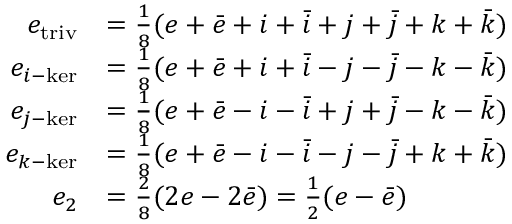
{ \begin{array} { r l } { e _ { \mathrm { t r i v } } } & { = { \frac { 1 } { 8 } } ( e + { \bar { e } } + i + { \bar { i } } + j + { \bar { j } } + k + { \bar { k } } ) } \\ { e _ { i { \mathrm { - k e r } } } } & { = { \frac { 1 } { 8 } } ( e + { \bar { e } } + i + { \bar { i } } - j - { \bar { j } } - k - { \bar { k } } ) } \\ { e _ { j { \mathrm { - k e r } } } } & { = { \frac { 1 } { 8 } } ( e + { \bar { e } } - i - { \bar { i } } + j + { \bar { j } } - k - { \bar { k } } ) } \\ { e _ { k { \mathrm { - k e r } } } } & { = { \frac { 1 } { 8 } } ( e + { \bar { e } } - i - { \bar { i } } - j - { \bar { j } } + k + { \bar { k } } ) } \\ { e _ { 2 } } & { = { \frac { 2 } { 8 } } ( 2 e - 2 { \bar { e } } ) = { \frac { 1 } { 2 } } ( e - { \bar { e } } ) } \end{array} }